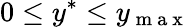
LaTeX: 0\leq y^{*}\leq y_{\mathrm{~m~a~x~}}